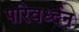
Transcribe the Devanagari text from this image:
परिवर्ध्दन